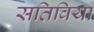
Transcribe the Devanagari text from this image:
सतिविया